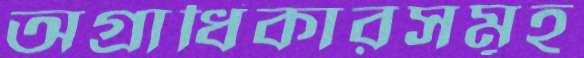
অগ্রাধিকারসমূহ